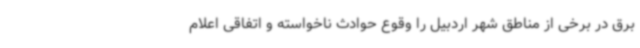
برق در برخی از مناطق شهر اردبیل را وقوع حوادث ناخواسته و اتفاقی اعلام